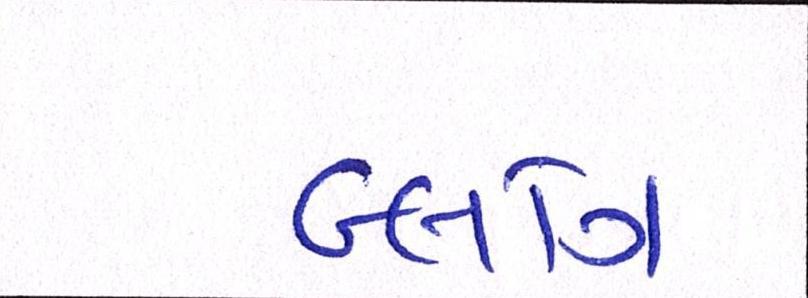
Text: બ્લોગ